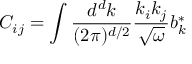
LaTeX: C _ { i j } = \int \frac { d ^ { d } k } { ( 2 \pi ) ^ { d / 2 } } \frac { k _ { i } k _ { j } } { \sqrt { \omega } } b _ { k } ^ { * }